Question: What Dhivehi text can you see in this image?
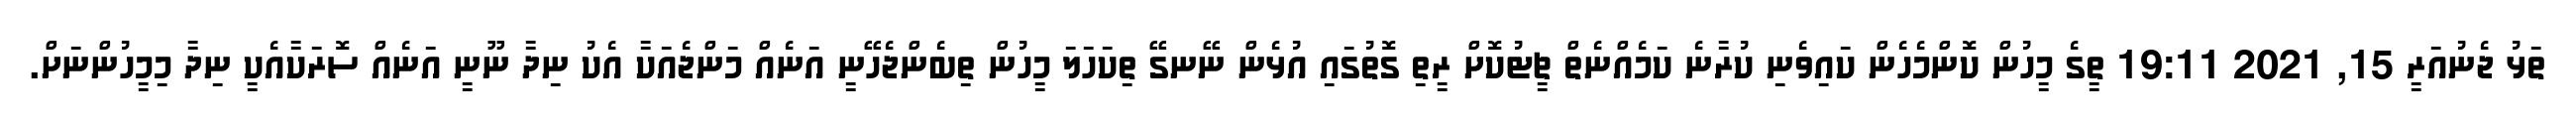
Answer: ތަޅު ޖެނުއަރީ 15, 2021 19:11 ތީގެ މީހުން ކޮންމެހެން ކައިވެނި ކުރާނެ ކަމެއްނެތް ޗީޓުކޮށް ރީތި ގޮތުގައި އުޅެން ނޭނގޭ ތިކަހަލަ މީހުން ތިބެންޖެހޭނީ އަނެއް މަންޖެއަކާ އެކު ނިދާ ނޫނީ އަނެއް ސޮރަކާއެކީ ނިދާ މިމީހުންނަށް.